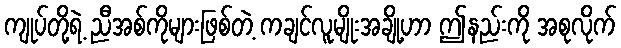
ကျုပ်တို့ရဲ့ ညီအစ်ကိုများဖြစ်တဲ့ ကချင်လူမျိုးအချို့ဟာ ဤနည်းကို အစုလိုက်